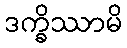
ဒက္ခိဿာမိ